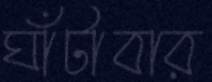
ঘাঁটাবার